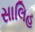
સાલિહ